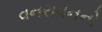
વનરાવનનો